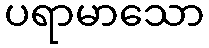
ပရာမာသော